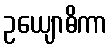
ဥယျောဓိကာ